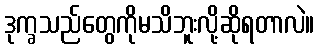
ဒုက္ခသည်တွေကိုမသိဘူးလို့ဆိုရတာလဲ။